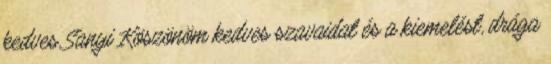
kedves Sanyi Köszönöm kedves szavaidat és a kiemelést, drága